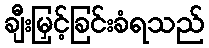
ချီးမြှင့်ခြင်းခံရသည်